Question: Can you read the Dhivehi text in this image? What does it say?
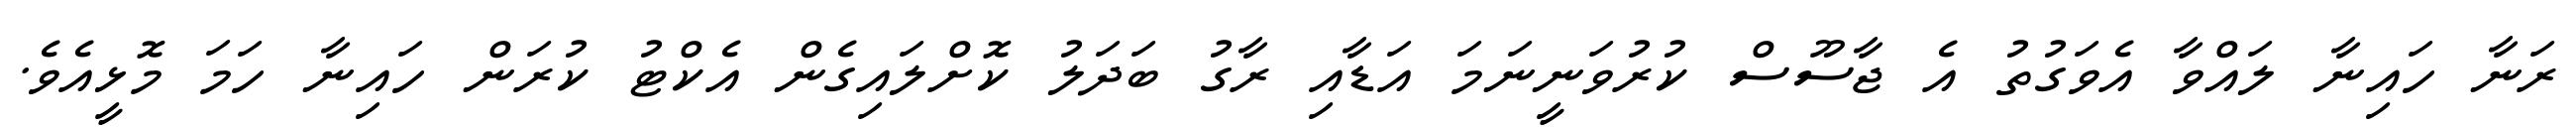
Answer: ރަނާ ހައިނާ ލައްވާ އެވަގުތު އެ ޖާސޫސް ކުރުވަނީނަމަ އަޑާއި ރާގު ބަދަލު ކޮށްލައިގެން އެކްޓު ކުރަން ހައިނާ ހަމަ މޮޅީއެވެ.